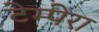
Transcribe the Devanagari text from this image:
टेम्पेरा